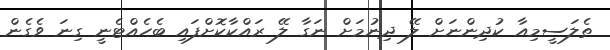
ތެލަސީމިއާ ކުދިންނަށް ލޭ ދިނުމަށް ނަގާ ލޭ ރައްކާކޮށްފައި ބެހެއްޓެނީ ގިނަ ވެގެން